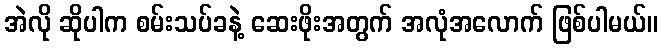
အဲလို ဆိုပါက စမ်းသပ်ခနဲ့ ဆေးဖိုးအတွက် အလုံအလောက် ဖြစ်ပါမယ်။